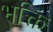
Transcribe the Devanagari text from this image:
भक्तिं